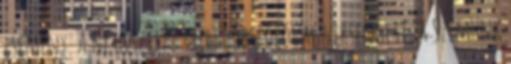
esemény. A Ne hisztizz -ben dobszólóval versengett, a Szemünk